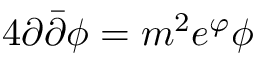
4 \partial \bar { \partial } \phi = m ^ { 2 } e ^ { \varphi } \phi